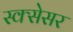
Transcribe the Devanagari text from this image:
स्क्सेसर